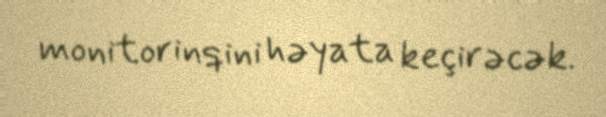
monitorinqini həyata keçirəcək.